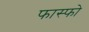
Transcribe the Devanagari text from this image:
फास्फो